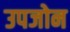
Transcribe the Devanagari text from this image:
उपजोन